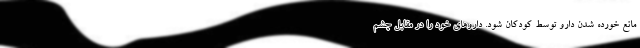
مانع خورده شدن دارو توسط کودکان شود. داروهای خود را در مقابل چشم